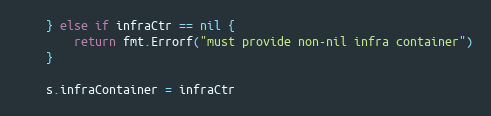
Language: Go
	} else if infraCtr == nil {
		return fmt.Errorf("must provide non-nil infra container")
	}

	s.infraContainer = infraCtr